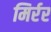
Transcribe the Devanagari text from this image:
मिर्रर